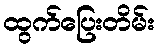
ထွက်ပြေးတိမ်း